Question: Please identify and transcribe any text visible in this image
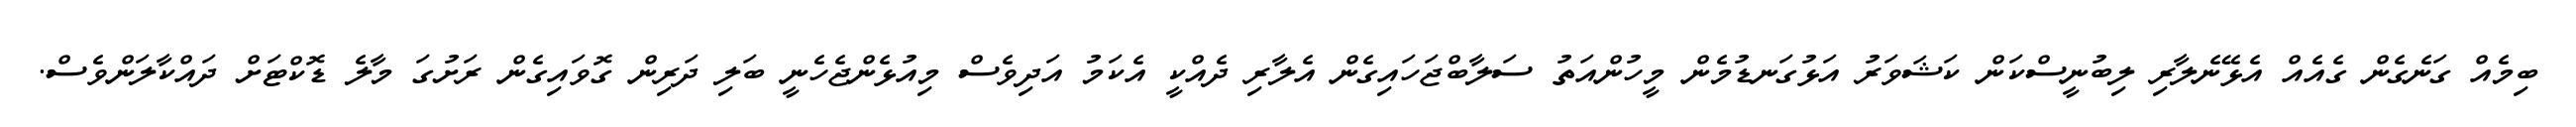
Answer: ބިމެއް ގަނެގެން ގެއެއް އެޅޭނެލާރި ލިބުނީސްކަން ކަޝަވަރު އަޅުގަނޑުމެން މީހުންއަތު ސަލާބްޖަހައިގެން އެލާރި ދެއްކީ އެކަމު އަދިވެސް މިއުޅެންޖެހެނީ ބަލި ދަރިން ގޮވައިގެން ރަށުގަ މާލެ ޑޮކްޓަށް ދައްކާލަންވެސް.